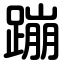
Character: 蹦